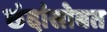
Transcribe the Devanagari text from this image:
छंदांसोबत